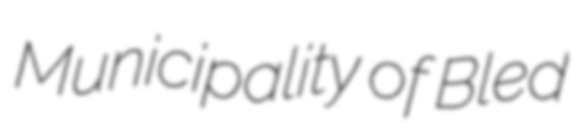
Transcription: Municipality of Bled